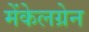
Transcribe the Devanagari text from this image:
मेंकेलग्रेन